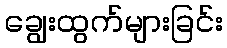
ချွေးထွက်များခြင်း